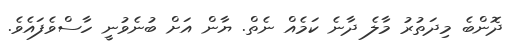
ދޮންބެ މިދަތުރު މާލެ ދާނެ ކަމެއް ނެތް. ޔާން އަށް ބުނެވުނީ ހާސްވެފައެވެ.